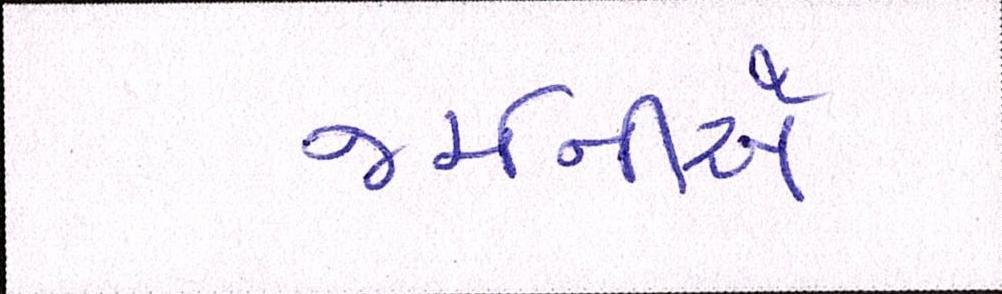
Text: જર્મનીએ